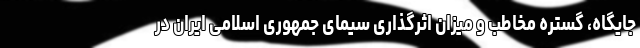
جایگاه، گستره مخاطب و میزان اثرگذاری سیمای جمهوری اسلامی ایران در